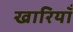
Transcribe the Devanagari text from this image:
खारियाँ